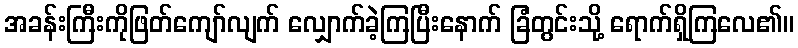
အခန်းကြီးကိုဖြတ်ကျော်လျက် လျှောက်ခဲ့ကြပြီးနောက် ခြံတွင်းသို့ ရောက်ရှိကြလေ၏။